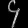
Digit: ၄